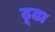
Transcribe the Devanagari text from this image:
ढ़ूढा